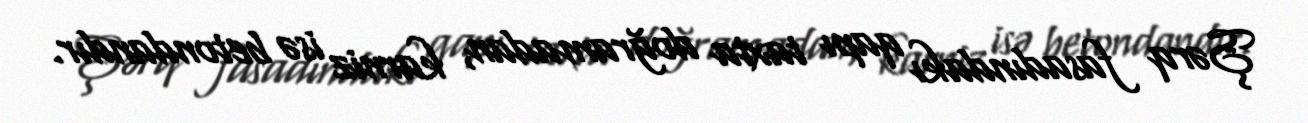
Şərq fasadındakı qapı taxta doğramadan, karniz isə betondandır.